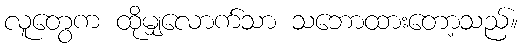
လူတွေက ထိုမျှလောက်သာ သဘောထားတော့သည်။